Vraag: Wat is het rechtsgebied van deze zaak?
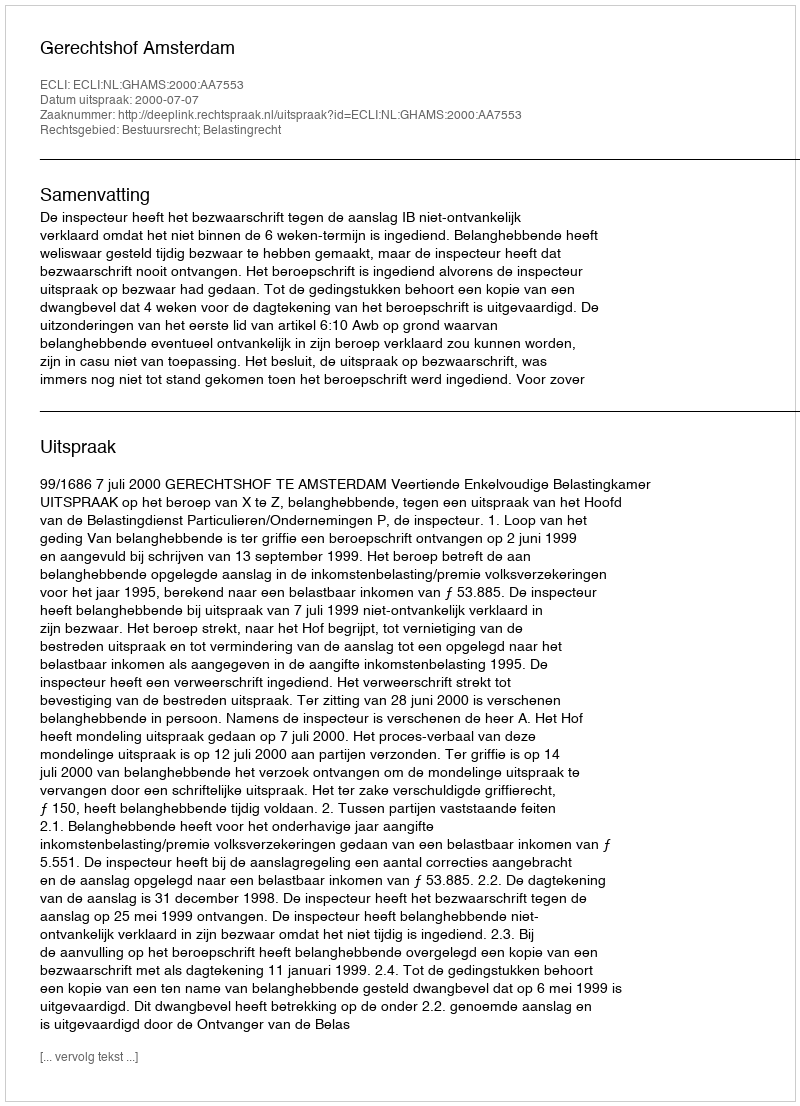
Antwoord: Bestuursrecht; Belastingrecht